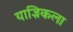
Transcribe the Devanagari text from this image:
याज्ञिकला